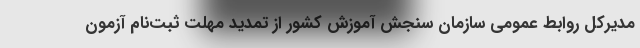
مدیرکل روابط عمومی سازمان سنجش آموزش کشور از تمدید مهلت ثبت‌نام آزمون